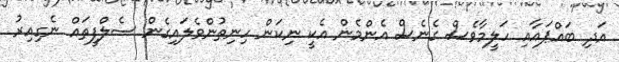
އަދި ބައްޕައާއި ހަލީމާވެސް ގެނެސް އެންމެން އެކީ ނިކަން ހިނިތުންވެލައިގެން ސެލްފީތައް ނެގިއިރު